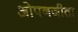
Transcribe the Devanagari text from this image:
ओपनजीता